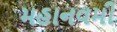
મહાનવમી